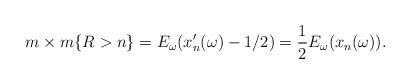
LaTeX: \begin{align*}m\times m\{R > n\} = E_\omega (x_n^\prime(\omega) - 1/2) = \frac{1}{2} E_\omega(x_n(\omega)).\end{align*}